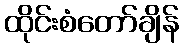
ထိုင်းစံတော်ချိန်